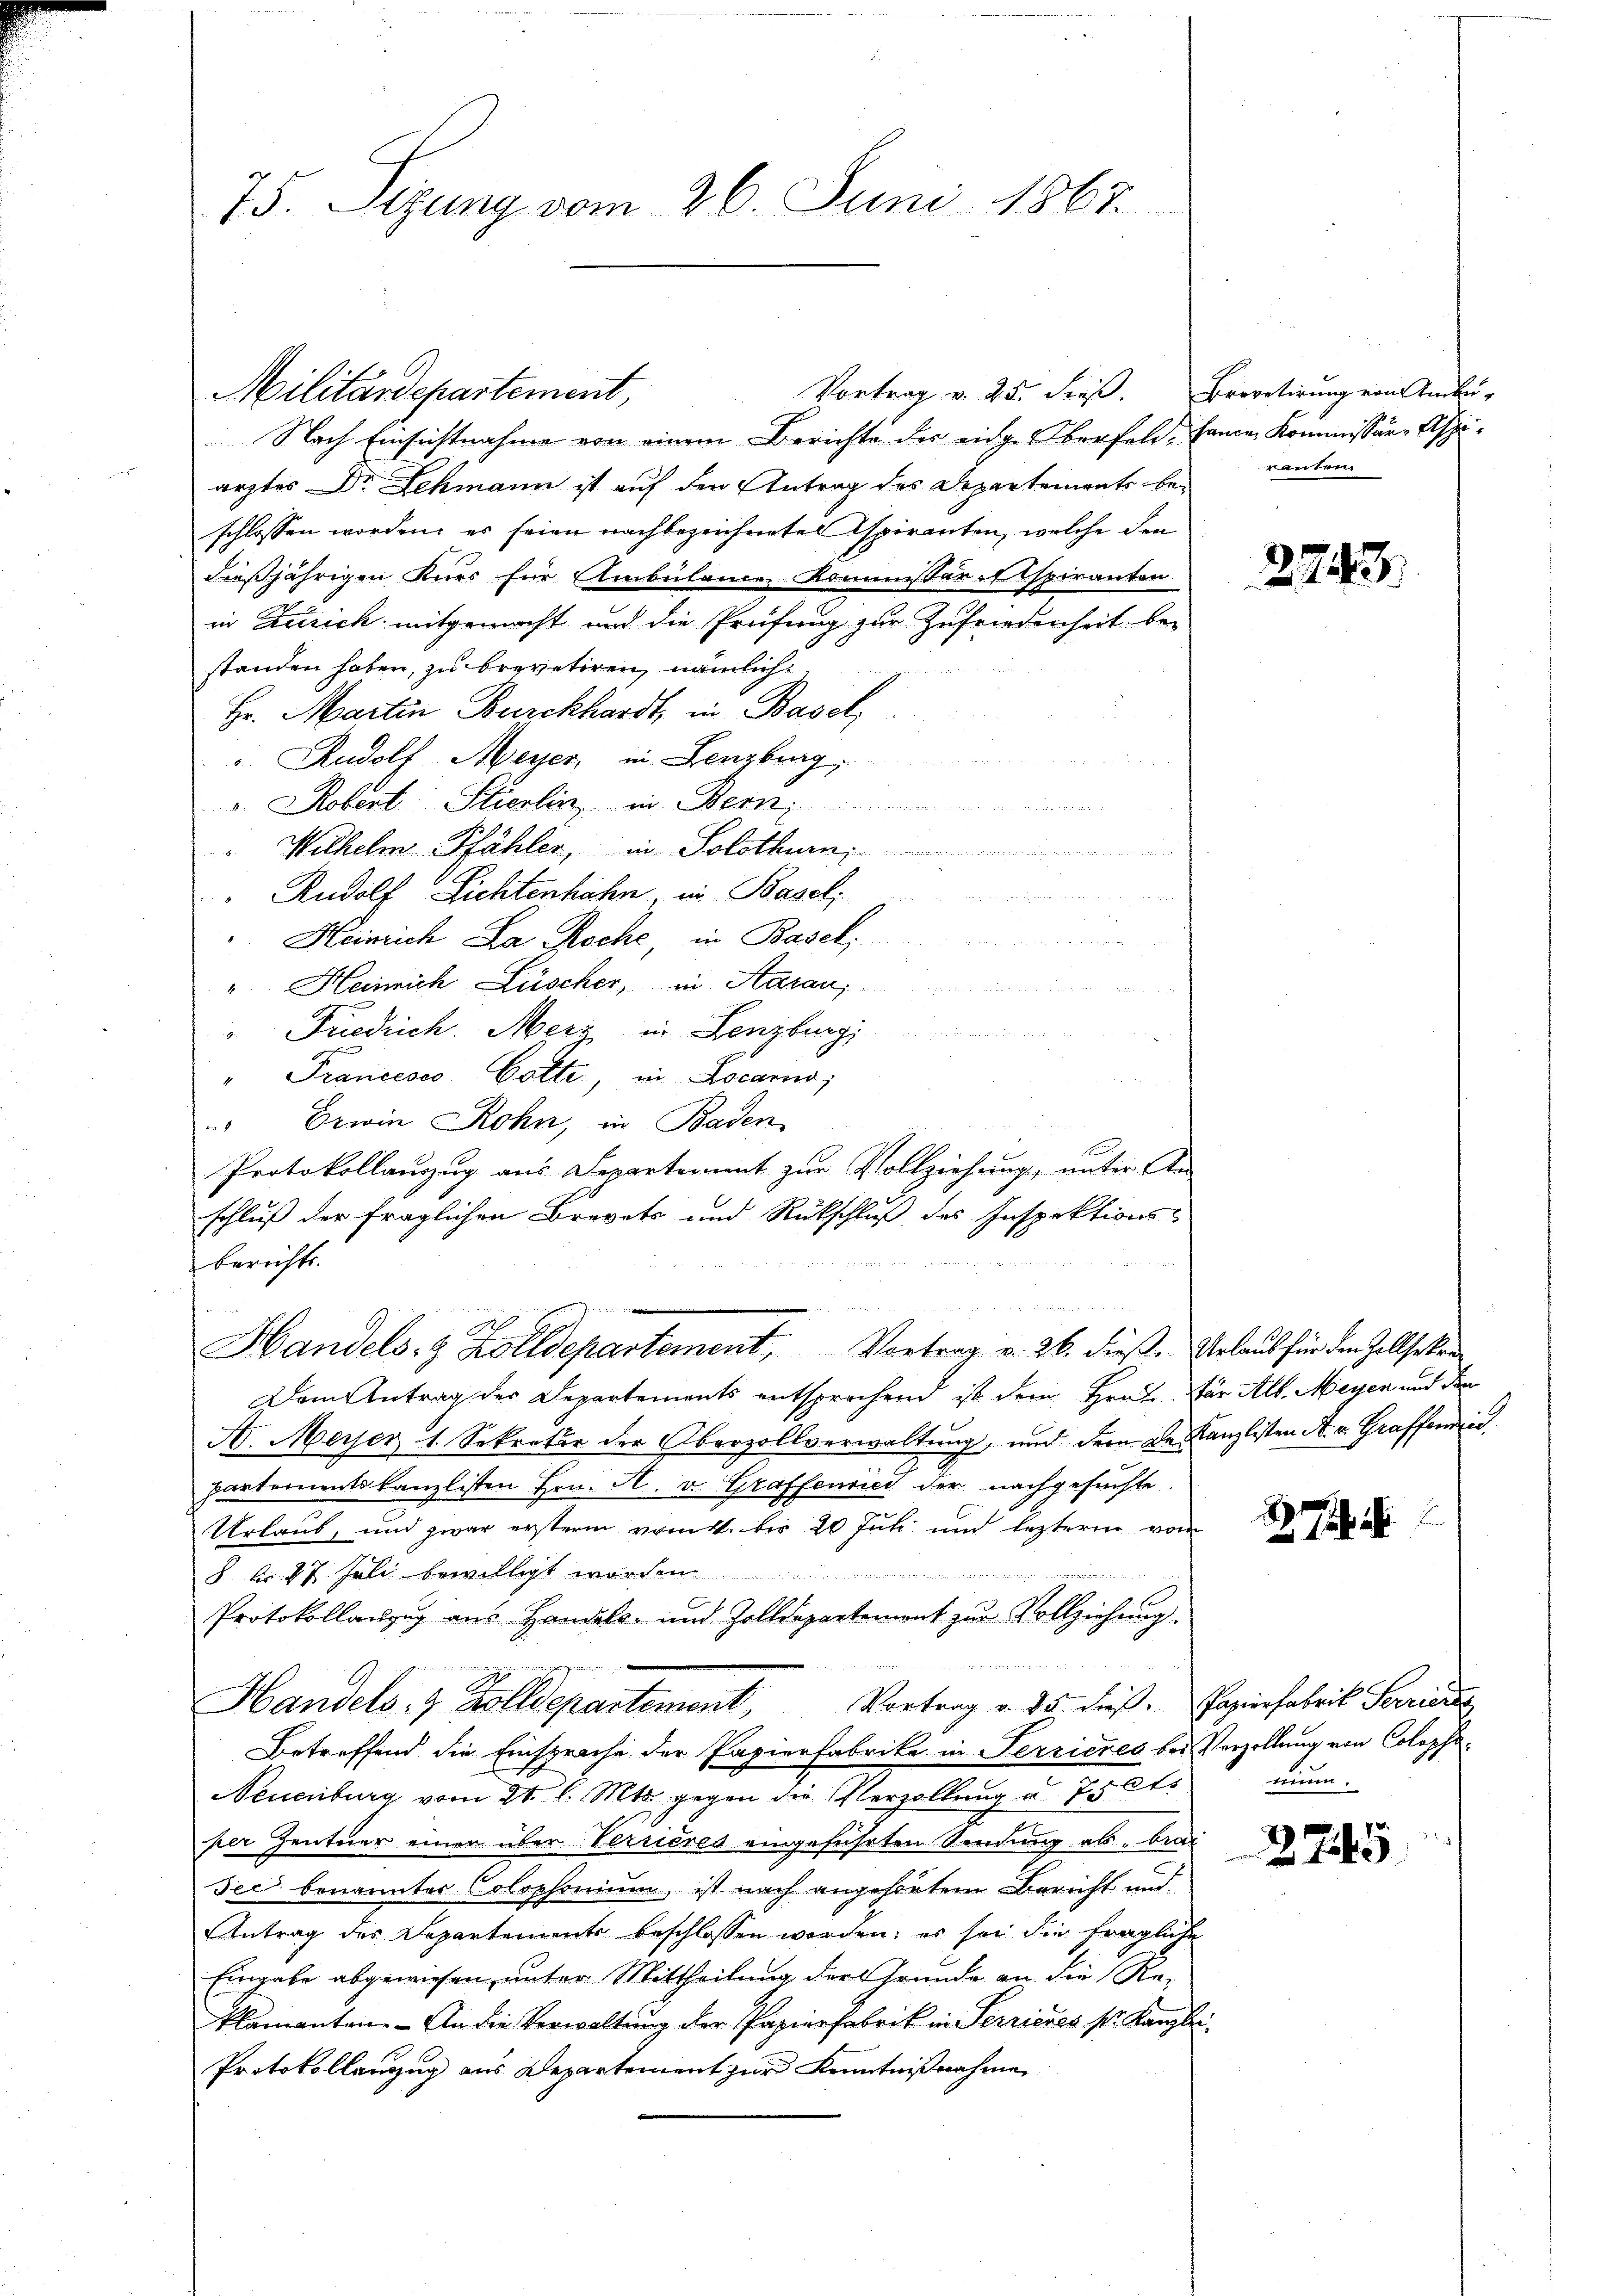
75. Sizung vom 26. Juni 1867.

Vortrag v. 25. dieß. Brevetirung von Ambu-
Militärdepartement,
Nach Einsichtnahme von einem Berichte der einge Oberfeld, Cance Kommissär-Aspiärztes Dr. Lehmann ist auf den Antrag des Departements beschlossen worden, es seien nachbezeichneten Aspiranten, welche den
dießjährigen Kurs für Ambülance Kommissär-Etspiranten
in Zürich mitgemacht und die Prüfung zur Zufriedenheit bestanden haben, zu brevetiren, nämlich
Hr. Martin Burckhardt in Basel
. Rudolf Meyer in Lenzburg,
v. Robert Stierlin in Bern,
"Wilhelm Pfähler, in Solothurn
" Rudolf Lichtenhahn, in Basel
Heinrich La Roche, in Basel;
" Heinrich Lüscher, in Haran,
" Friedrich. Merz in Lenzburgi
" Prancesco Cotte, in Locarno,
" Erwin Rohn, in Baden
Protokollauzug aus Departement zur Vollziehung, unter An
schluß der fraglichen Brevets und Rückschluß des Inspektions-
berichts.
Handels- & Zolldepartement, Vortrag v. 26. diese Verlaub für den Zollsten
Dem Antrag der Departements entsprechend ist dem Hrn. Für Alb. Meyen und den
A. Meier 1. Sekretär der Oberzollverwaltung, und dem de Kanzlisten A. v. Grafferie
partementskanzlisten Hrn. A. v. Graffenried der nachgesuchte.
Urlaub, und zwar ersterm vritt. bis 20 Juk und leztern vom
§ Nr. 27 Juli bewilligt worden.
Protokollanzug aus Handels- und Zolldepartement zŭr Vollziehŭng.

Handels- & Zolldepartement, Vortrag v. 25. dieß. Papierfabrik Sarriede
Betreffend die Einsprache der Papierfabrike in Terrieres bei Verzellung von Colopha¬
Neuenburg vom 21. l. Mts. gegen die Verzöllung u. 75 2t.
per Zentner einer über Verrieres eingeführten Sendung ab, brac
Jec benanntes Colophonium, ist nach angehörtem Bericht und
Antrag des Departemente beschlossen worden; es sei die fragliche
Eingabe abgewiesen, unter Mittheilung der Grunde an die Re-
klamanten. - An die Verwaltung der Papierfabrik in Perrieres s. Kanzlei
Protokollauszug aus Departement zur Kenntnißnahme

rauten.

2743.

minn.

2745